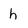
Character: h